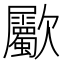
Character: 𣥀